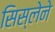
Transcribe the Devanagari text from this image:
सिस्लेने